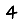
Digit: 4